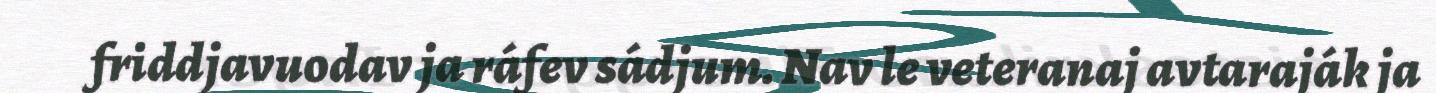
friddjavuodav ja ráfev sádjum. Nav le veteranaj avtaraják ja